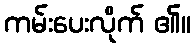
ကမ်းပေးလိုက် ၏။